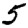
Digit: 5